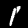
Digit: 1